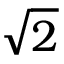
\sqrt { 2 }